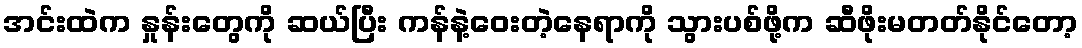
အင်းထဲက နှုန်းတွေကို ဆယ်ပြီး ကန်နဲ့ဝေးတဲ့နေရာကို သွားပစ်ဖို့က ဆီဖိုးမတတ်နိုင်တော့